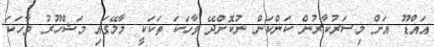
އައްޑޫ އަށް މިސަރުކާރުން ކަންކަން ނުކޮށްދޭ ވާހަކަ ތަކަކީ މާލޭގައި މަޝްހޫރު ވާހަކަ